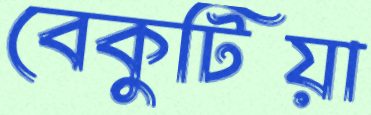
বেকুটিয়া